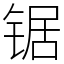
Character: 锯